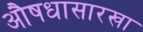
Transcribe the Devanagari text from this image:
औषधासारखा